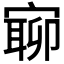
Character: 𡪉